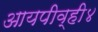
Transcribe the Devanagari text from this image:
आयपीव्ही४